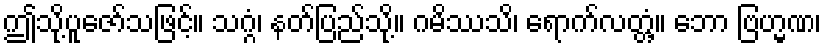
ဤသို့ပူဇော်သဖြင့်။ သဂ္ဂံ၊ နတ်ပြည်သို့။ ဂမိဿသိ၊ ရောက်လတ္တံ့။ ဘော ဗြဟ္မဏ၊